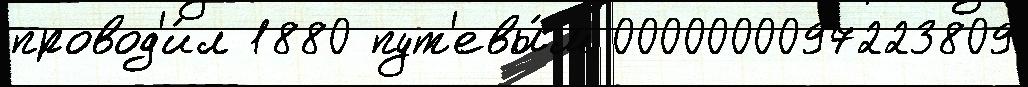
провод'и́л 1880 пут'евы́м 0000000097223809